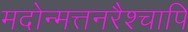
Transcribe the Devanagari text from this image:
मदोन्मत्तनरैश्‍चापि